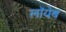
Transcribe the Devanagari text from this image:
लाॅयेब